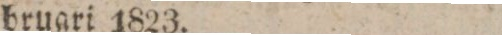
bruari 1823.